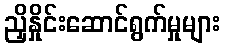
ညှိနှိုင်းဆောင်ရွက်မှုများ